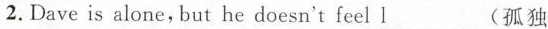
2. Dave is alone,but he doesn't feel\underline{l}___(孤独